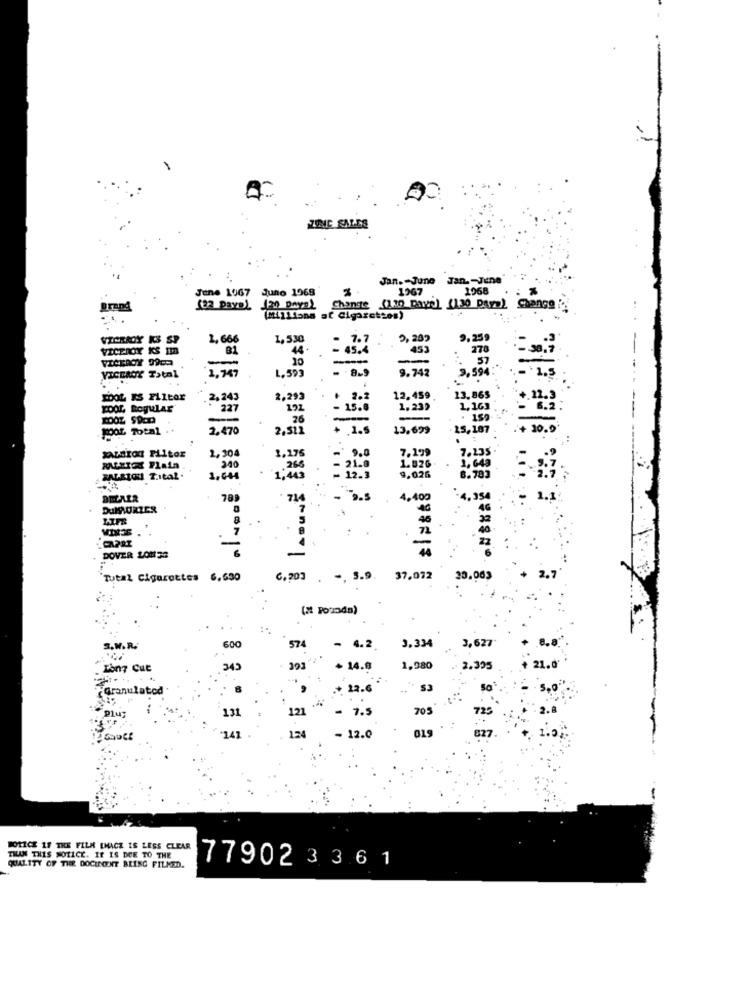
00
Jan. - June
Jan .- Jene
June 1967
Juno 1968
1067
1968
Brand
Change (130 Dave) (130 Days) Change ".
(MILIons af Cigaret"os)
VICRADY KS SP
2,666
1,530
7.7
0,202
9,259
VICEROY KS Im
B1
44
- 45.4
278
-
VICEROY Total
2,747
L. 593
9.742
9,594
2,243
2,293
2.2
12.459
13.865
POOL Regular
227
- 15.7
1,23)
1,163
-
26
: 159
1004 Total ..
2.470
2,51
13,699
15,107
XALBION PLItor
2,50€
1,175
7,19
7. 25
MUZIEK Plaia
200
PALETOU ZItal.
789
71
- 3.
4.400
DuMAURIER
. ;
7
DOVER LONG
6
'Total Cigarettes 6,630
C.203 . -, 3.9. 37,072
(2 Pozdn)
3.M. R.
600
574
- 4.2.
3.334
3,627
Tony Cut
345
14.0
1,980
2.395
21.
Granulated
.+ 12.6
53
131
121
- 7.5
705
134
019
-141
- 12.0
NOTICE 19 THE FILM LHACZ IS LESS CLEAR
THAN THIS NOTICE. IF IS DUE TO THE
QUALITY OF THE DOCUMENT BRING FILMED.
77902 3 3 61